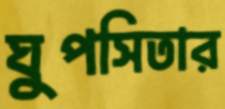
ঘুপসিতার